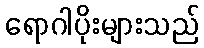
ရောဂါပိုးများသည်